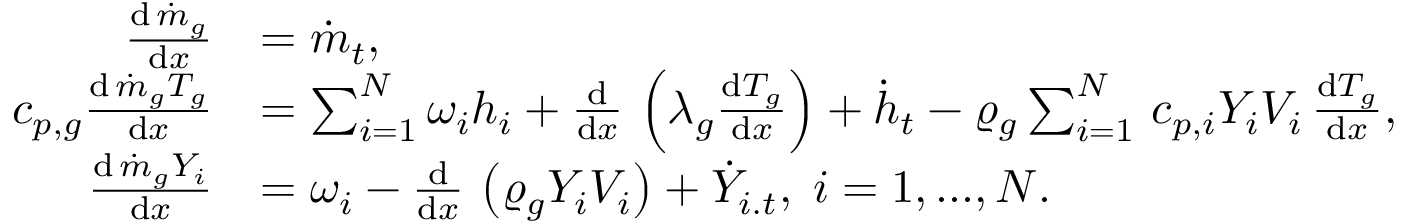
\begin{array} { r l } { \frac { \mathrm { d } \, \dot { m } _ { g } } { \mathrm { d } x } } & { = \dot { m } _ { t } , } \\ { c _ { p , g } \frac { \mathrm { d } \, \dot { m } _ { g } T _ { g } } { \mathrm { d } x } } & { = \sum _ { i = 1 } ^ { N } \omega _ { i } h _ { i } + \frac { \mathrm { d } } { \mathrm { d } x } \, \left( \lambda _ { g } \frac { \mathrm { d } T _ { g } } { \mathrm { d } x } \right) + \dot { h } _ { t } - \varrho _ { g } \sum _ { i = 1 } ^ { N } \, c _ { p , i } Y _ { i } V _ { i } \, \frac { \mathrm { d } T _ { g } } { \mathrm { d } x } , } \\ { \frac { \mathrm { d } \, \dot { m } _ { g } Y _ { i } } { \mathrm { d } x } } & { = \omega _ { i } - \frac { \mathrm { d } } { \mathrm { d } x } \, \left( \varrho _ { g } Y _ { i } V _ { i } \right) + \dot { Y } _ { i . t } , \; i = 1 , . . . , N . } \end{array}